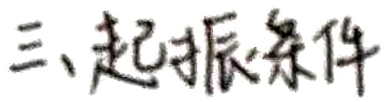
三、起振条件